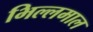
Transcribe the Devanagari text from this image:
भिल्लमाल